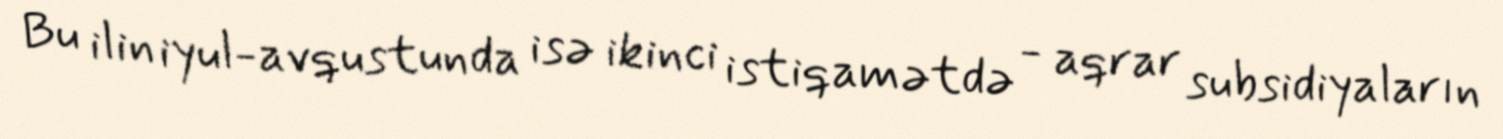
Bu ilin iyul-avqustunda isə ikinci istiqamətdə - aqrar subsidiyaların